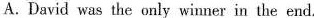
A.David was the only winner in the end.